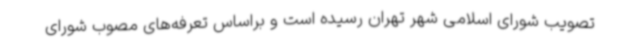
تصویب شورای اسلامی شهر تهران رسیده است و براساس تعرفه‌های مصوب شورای